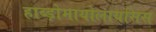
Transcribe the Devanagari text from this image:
हाब्ड़ोमायोलायसिस